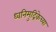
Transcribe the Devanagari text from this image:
ध्वनिमुद्रिकेच्या